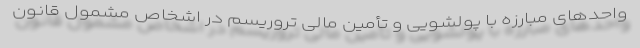
واحدهای مبارزه با پولشویی و تأمین مالی تروریسم در اشخاص مشمول قانون